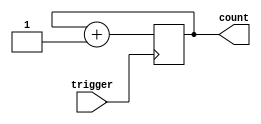
module Counter(
    input wire trigger,
    output reg [3:0] count
);

always @ (posedge trigger)
begin
    count <= count + 1;
end

endmodule